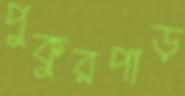
পুকুরপাড়